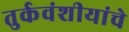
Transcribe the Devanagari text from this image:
तुर्कवंशीयांचे